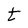
Character: t